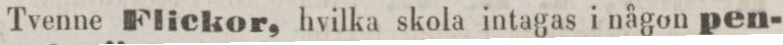
Tvenne Flickor, hvilka skola intagas i någon pen-